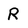
Character: R